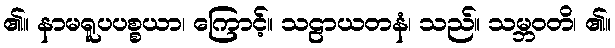
၏။ နာမရူပပစ္စယာ၊ ကြောင့်။ သဠာယတနံ၊ သည်။ သမ္ဘဝတိ၊ ၏။